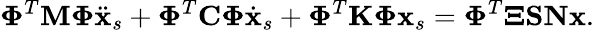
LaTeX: \boldsymbol{\Phi}^{T}\mathbf{M}\boldsymbol{\Phi}\ddot{\mathbf{x}}_{s}+\boldsymbol{\Phi}^{T}\mathbf{C}\boldsymbol{\Phi}\dot{\mathbf{x}}_{s}+\boldsymbol{\Phi}^{T}\mathbf{K}\boldsymbol{\Phi}\mathbf{x}_{s}=\boldsymbol{\Phi}^{T}\boldsymbol{\Xi}\mathbf{S}\mathbf{N}\mathbf{x}.